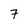
Character: 7